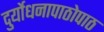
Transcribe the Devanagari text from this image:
दुर्योधनापाठोपाठ